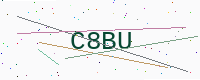
Text: C8BU